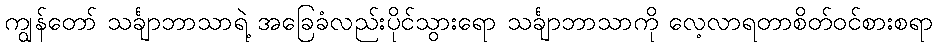
ကျွန်တော် သင်္ချာဘာသာရဲ့ အခြေခံလည်းပိုင်သွားရော သင်္ချာဘာသာကို လေ့လာရတာစိတ်ဝင်စားစရာ